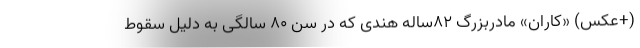
(+عکس) «کاران» مادربزرگ ۸۲ساله هندی که در سن ۸۰ سالگی به دلیل سقوط